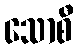
သောစီ